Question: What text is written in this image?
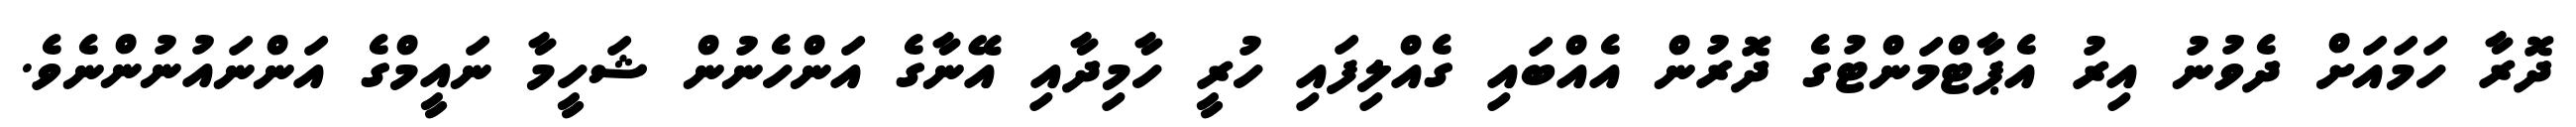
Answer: ދޮރާ ހަމައަށް ދެވުނު އިރު އެޕާޓްމަންޓުގެ ދޮރުން އެއްބައި ގެއްލިފައި ހުރީ ހާމިދާއި އޭނާގެ އަންހެނުން ޝަހީމާ ނައީމްގެ އަންނައުނުންނެވެ.